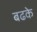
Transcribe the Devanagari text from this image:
बढके